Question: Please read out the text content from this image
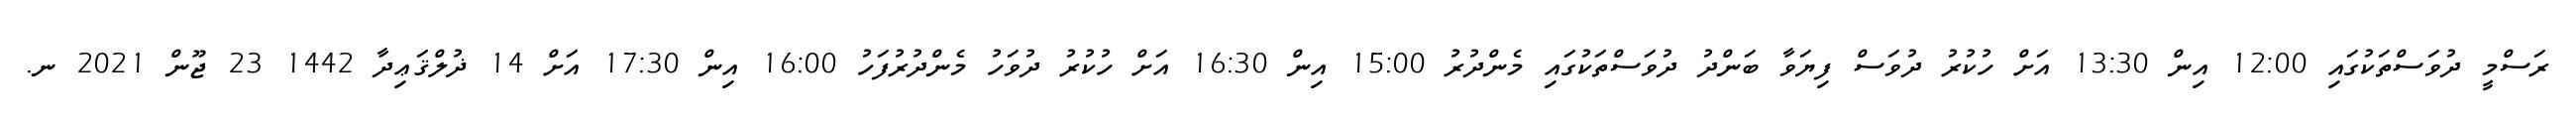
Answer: ރަސްމީ ދުވަސްތަކުގައި 12:00 އިން 13:30 އަށް ހުކުރު ދުވަސް ފިޔަވާ ބަންދު ދުވަސްތަކުގައި މެންދުރު 15:00 އިން 16:30 އަށް ހުކުރު ދުވަހު މެންދުރުފަހު 16:00 އިން 17:30 އަށް 14 ޛުލްޤަޢިދާ 1442 23 ޖޫން 2021 ނ.